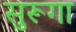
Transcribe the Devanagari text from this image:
सुरूगा